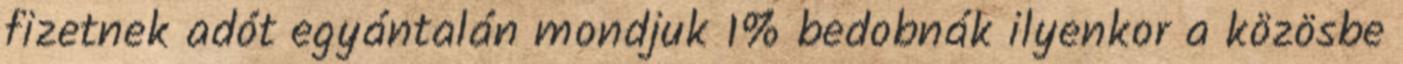
fizetnek adót egyántalán mondjuk 1% bedobnák ilyenkor a közösbe